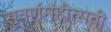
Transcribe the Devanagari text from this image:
सुवर्णमहोत्‍सवी